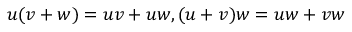
u ( v + w ) = u v + u w , ( u + v ) w = u w + v w